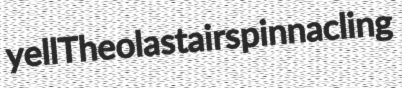
yell Theola stairs pinnacling